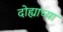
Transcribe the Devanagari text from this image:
दोह्याच्या